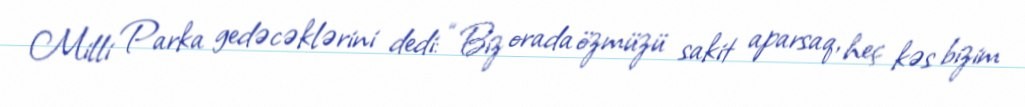
Milli Parka gedəcəklərini dedi: “Biz orada özmüzü sakit aparsaq, heç kəs bizim